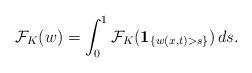
LaTeX: \begin{align*}\mathcal{F}_K(w) = \int_0^1 \mathcal{F}_K(\textbf{1}_{\{w(x,t)>s\}})\, ds.\end{align*}